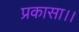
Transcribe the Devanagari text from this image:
प्रकासा।।